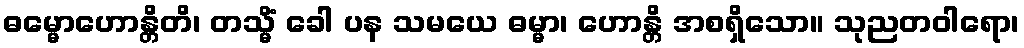
ဓမ္မောဟောန္တိတိ၊ တသ္မိံ ခေါ ပန သမယေ ဓမ္မာ၊ ဟောန္တိ အစရှိသော။ သုညတဝါရော၊